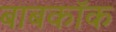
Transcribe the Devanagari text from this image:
बाबकॉक